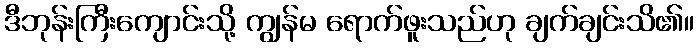
ဒီဘုန်းကြီးကျောင်းသို့ ကျွန်မ ရောက်ဖူးသည်ဟု ချက်ချင်းသိ၏။